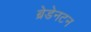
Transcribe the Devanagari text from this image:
ब्रेडेनटन